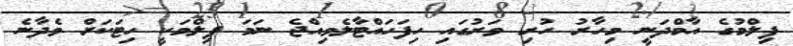
ފިލްމުގެ އާމްދަނީ މިހާރު ހުރި ވަރުގައި ހިފަހައްޓާލެވިއްޖެ ނަމަ ފިލްމަކީ ހިޓަކަށް ވެދާނެ